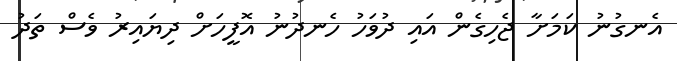
އެނގުނު ކަމަށާ ޖެހިގެން އައި ދުވަހު ހެނދުނު އޮފީހަށް ދިޔައިރު ވެސް ތަދު